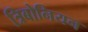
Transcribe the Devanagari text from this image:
त्रिबोनियन